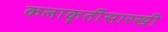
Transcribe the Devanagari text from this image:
कलाकॄतींसारखी